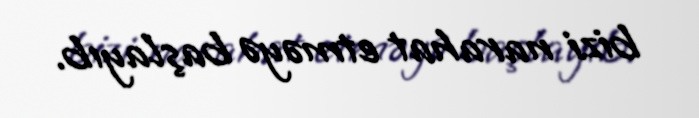
bizi narahat etməyə başlayıb.